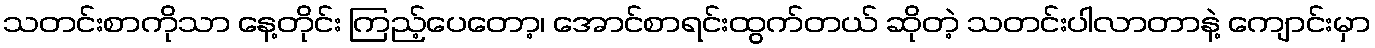
သတင်းစာကိုသာ နေ့တိုင်း ကြည့်ပေတော့၊ အောင်စာရင်းထွက်တယ် ဆိုတဲ့ သတင်းပါလာတာနဲ့ ကျောင်းမှာ